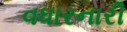
વધારનારી